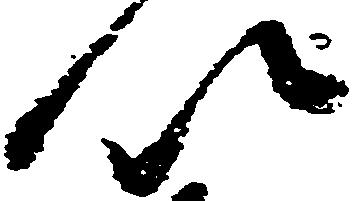
以